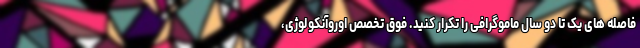
فاصله های یک تا دو سال ماموگرافی را تکرار کنید. فوق تخصص اوروآنکولوژی،